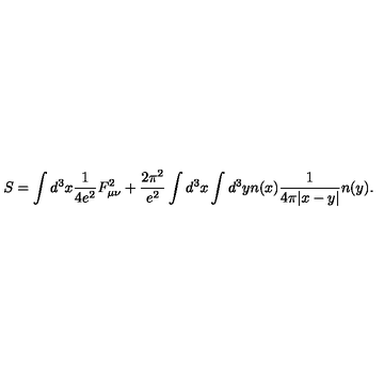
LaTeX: S = \int d ^ { 3 } x \frac { 1 } { 4 e ^ { 2 } } F _ { \mu \nu } ^ { 2 } + \frac { 2 \pi ^ { 2 } } { e ^ { 2 } } \int d ^ { 3 } x \int d ^ { 3 } y n ( x ) \frac { 1 } { 4 \pi | x - y | } n ( y ) .